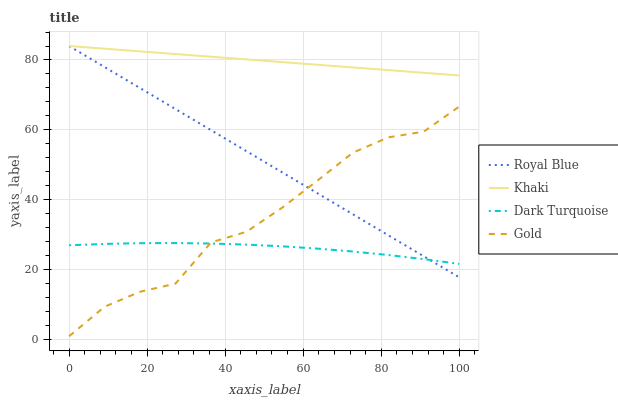
| xaxis_label | Royal Blue | Khaki | Dark Turquoise | Gold |
 | --- | --- | --- | --- | --- |
 | 0 | 84 | 84 | 27 | 1 |
 | 9.09 | 78 | 83.2 | 27.4 | 9.44 |
 | 18.2 | 72 | 82.5 | 27.6 | 13.7 |
 | 27.3 | 66 | 81.7 | 27.7 | 16.1 |
 | 36.4 | 59.9 | 80.9 | 27.5 | 27.8 |
 | 45.5 | 53.9 | 80.2 | 27.2 | 30.9 |
 | 54.5 | 47.9 | 79.4 | 26.7 | 37.7 |
 | 63.6 | 41.9 | 78.6 | 26.1 | 45.5 |
 | 72.7 | 35.9 | 77.9 | 25.2 | 53.5 |
 | 81.8 | 29.9 | 77.1 | 24.2 | 57.9 |
 | 90.9 | 23.9 | 76.3 | 23 | 59.5 |
 | 100 | 17.8 | 75.6 | 21.7 | 66.7 |